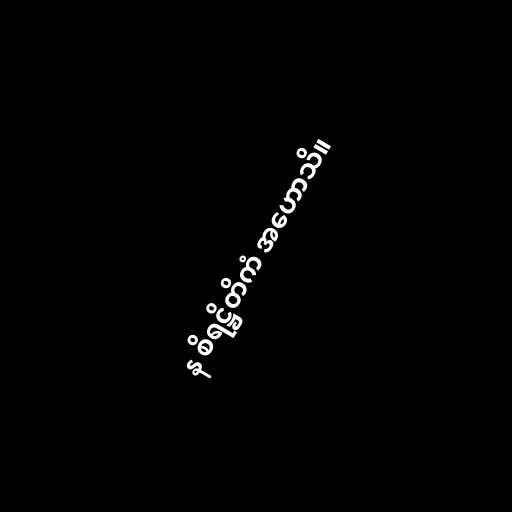
န စိရဋ္ဌိတိကံ အဟောသိ။